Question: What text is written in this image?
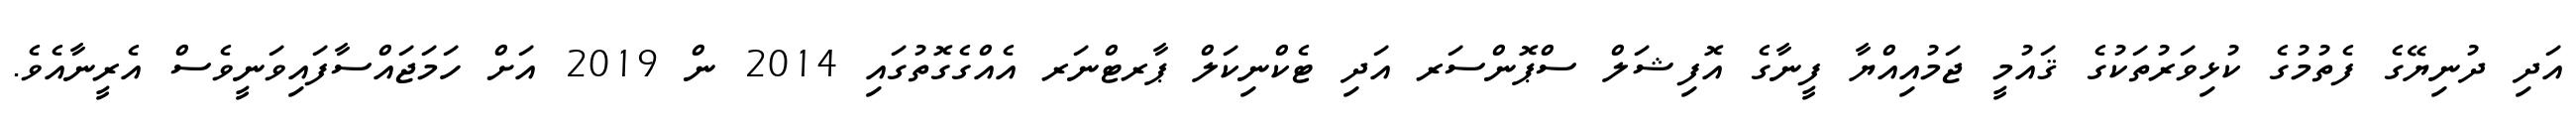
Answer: އަދި ދުނިޔޭގެ ފެތުމުގެ ކުޅިވަރުތަކުގެ ޤައުމީ ޖަމުއިއްޔާ ފީނާގެ އޮފިޝަލް ސްޕޮންސަރ އަދި ޓެކްނިކަލް ޕާރޓްނަރ އެއްގެގޮތުގައި 2014 ން 2019 އަށް ހަމަޖައްސާފައިވަނީވެސް އެރީނާއެވެ.